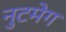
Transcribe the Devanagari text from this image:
नुटमेग